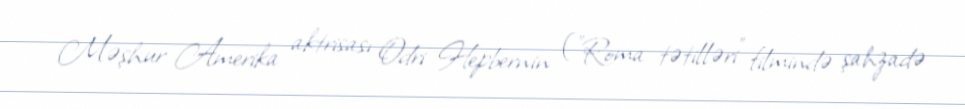
Məşhur Amerika aktrisası Odri Hepbernin ("Roma tətilləri" filmində şahzadə